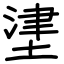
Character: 堻